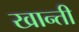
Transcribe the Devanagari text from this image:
खान्ती